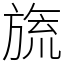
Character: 旒